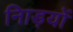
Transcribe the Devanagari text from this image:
नािड़यों